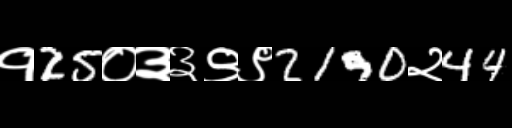
Text: १25०३३९९2190२44